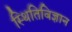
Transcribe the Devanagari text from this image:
स्थितिविज्ञान